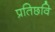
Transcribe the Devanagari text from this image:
प्रतिछवि